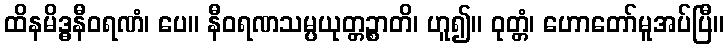
ထိနမိဒ္ဓနီဝရဏံ၊ ပေ။ နီဝရဏသမ္ပယုတ္တဉ္စာတိ၊ ဟူ၍။ ဝုတ္တံ၊ ဟောတော်မူအပ်ပြီ။